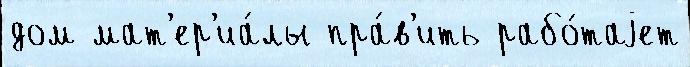
дом мат'ер'иа́лы пра́в'ить рабо́таjет